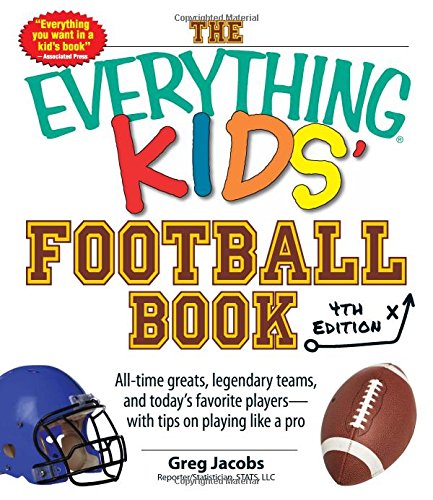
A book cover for The Everything Kids' Football Book: All-Time Greats, Legendary Teams, and Today's Favorite Players--With Tips on Playing Like a Pro; Greg Jacobs; Children's Books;